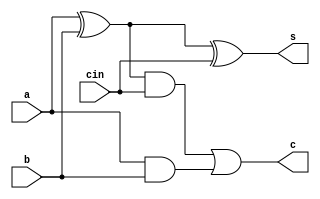
module adder(a,b,cin,s,c);
input a;
input b;
input cin;
output s;
output c;
wire x,y,z;
xor x1(x,a,b);
xor x2(s,x,cin);
and a1(y,x,cin);
and a2(z,a,b);
or o1(c,y,z);
endmodule

module addsub(a,b,cin,binv,s,c);
input a;
input b;
input cin;
input binv;
output s;
output c;
wire bb;
wire cin;
assign bb=(binv==1)?~b:b;
adder add1(a,bb,cin,s,c);
endmodule

module ALU_1(a,b,cin,binv,slt,op,as,r,cout);
input a;
input b;
input cin;
input binv;
input slt;
input [1:0]op;
output as;
output r;
output cout;
wire x,y,z;
and a1(x,a,b);
or or1(y,a,b);
addsub as1(a,b,cin,binv,z,cout);
assign r=(op==0)?x:(op==1)?y:(op==2)?z:(op==3)?slt:0;
assign as=z;
endmodule

module ALU_4(a,b,cin,binv,op,r,ZF,OF,SF);
input [3:0]a;
input [3:0]b;
input cin;
input binv;
input [1:0]op;
output [3:0]r;
output ZF,OF,SF;
wire x,y,z;
wire q,s,p;
assign s=0;
assign q=0;
ALU_1 alu1_1(a[0],b[0],cin,binv,p,op,s,r[0],x);
ALU_1 alu1_2(a[1],b[1],x,binv,q,op,s,r[1],y);
ALU_1 alu1_3(a[2],b[2],y,binv,q,op,s,r[2],z);
ALU_1 alu1_4(a[3],b[3],z,binv,q,op,p,r[3],OF);
nor n1(ZF,r[0],r[1],r[2],r[3]);
assign SF=p;
endmodule

module test_ALU_4();
reg [3:0]a;
reg [3:0]b;
reg cin,binv;
reg[1:0]op;
wire [3:0]r;
wire CF,ZF,SF;
ALU_4 alu4(a,b,cin,binv,op,r,ZF,CF,SF);
initial begin
    a=3; b=4; cin=0; binv=0; op=0;
#30 a=4; b=9; cin=0; binv=0; op=0;
#30 a=3; b=6; cin=0; binv=0; op=0;
#30 a=5; b=7; cin=0; binv=0; op=0;
#30 a=3; b=6; cin=0; binv=0; op=1;
#30 a=2; b=3; cin=0; binv=0; op=1;
#30 a=6; b=5; cin=0; binv=0; op=1;
#30 a=5; b=7; cin=0; binv=0; op=1;

#30 a=3; b=6; cin=0; binv=0; op=2;
#30 a=5; b=5; cin=0; binv=0; op=2;
#30 a=7; b=6; cin=0; binv=0; op=2;
#30 a=9; b=3; cin=0; binv=0; op=2;

#30 a=10; b=5; cin=1; binv=1; op=2;
#30 a=9; b=3; cin=1; binv=1; op=2;
#30 a=8; b=4; cin=1; binv=1; op=2;
#30 a=4; b=1; cin=1; binv=1; op=2;

#30 a=10; b=5; cin=1; binv=1; op=3;
#30 a=9; b=3; cin=1; binv=1; op=3;
#30 a=3; b=10; cin=1; binv=1; op=3;
#30 a=2; b=9; cin=1; binv=1; op=3;

end
endmodule